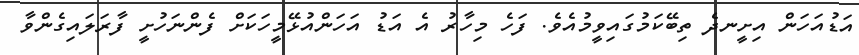
އަޑުއަހަން އިށީނދެ ތިބޭކަމުގައިވީމުއެވެ. ފަހެ މިހާރު އެ އަޑު އަހަންއުޅޭމީހަކަށް ފެންނަހުށީ ފާރަލައިގެންވާ